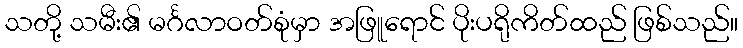
သတို့ သမီး၏ မင်္ဂလာဝတ်စုံမှာ အဖြူရောင် ပိုးပရိုကိတ်ထည် ဖြစ်သည်။